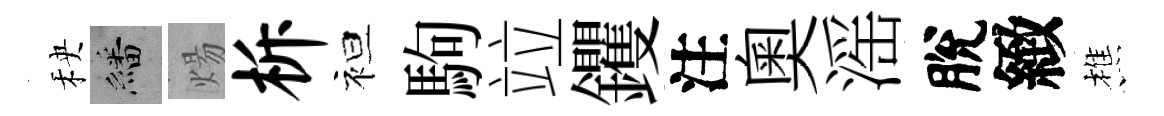
秧繙煬柝袒駒竝钁注奧滛脫緻樵